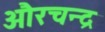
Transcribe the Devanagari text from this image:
औरचन्द्र